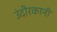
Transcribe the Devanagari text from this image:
उंदीरकानी